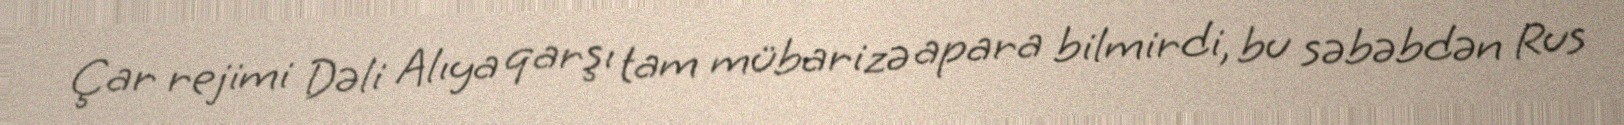
Çar rejimi Dəli Alıya qarşı tam mübarizə apara bilmirdi, bu səbəbdən Rus